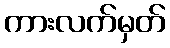
ကားလက်မှတ်